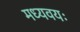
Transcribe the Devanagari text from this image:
मध्यवयः